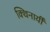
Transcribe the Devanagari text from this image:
क्थिनायीँ